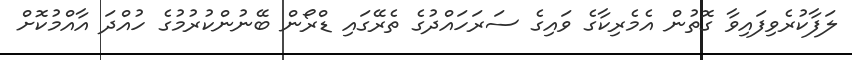
ލަފާކުރެވިފައިވާ ގޮތުން އެމެރިކާގެ ވައިގެ ސަރަހައްދުގެ ތެރޭގައި ޑްރޯން ބޭނުންކުރުމުގެ ހުއްދަ އާއްމުކޮށް